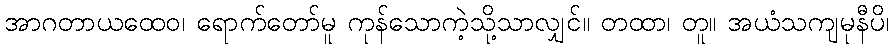
အာဂတာယထေဝ၊ ရောက်တော်မူ ကုန်သောကဲ့သို့သာလျှင်။ တထာ၊ တူ။ အယံသကျမုနီပိ၊